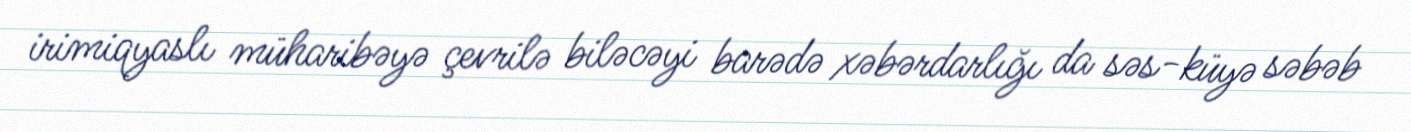
irimiqyaslı müharibəyə çevrilə biləcəyi barədə xəbərdarlığı da səs-küyə səbəb